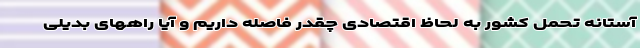
آستانه تحمل کشور به لحاظ اقتصادی چقدر فاصله داریم و آیا راههای بدیلی